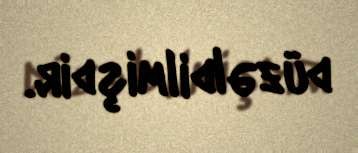
düzəldilmişdir.